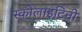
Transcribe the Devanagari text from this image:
स्कोलाइटिनी